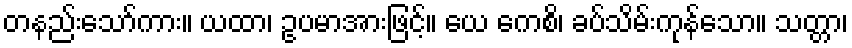
တနည်းသော်ကား။ ယထာ၊ ဥပမာအားဖြင့်။ ယေ ကေစိ၊ ခပ်သိမ်းကုန်သော။ သတ္တာ၊